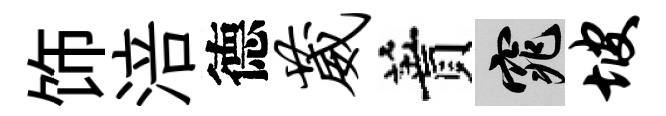
饰涪德葳蕡窕坡